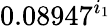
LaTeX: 0.08947^{i_{1}}